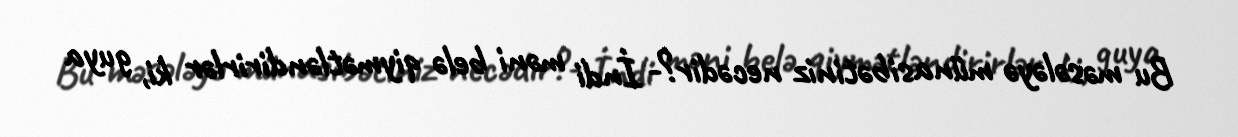
Bu məsələyə münasibətiniz necədir?- İndi məni belə qiymətləndirirlər ki, guya